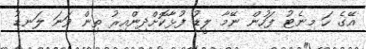
އޭގެ ހަ މިނެޓު ފަހުން ނޭމާ ލީޑު ފުޅާކޮށްދިންއިރު ތިން ވަނަ ލަނޑު